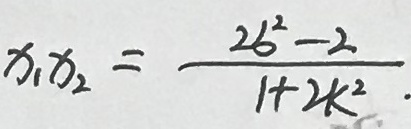
x _ { 1 } x _ { 2 } = \frac { 2 b ^ { 2 } - 2 } { 1 + 2 k ^ { 2 } } .